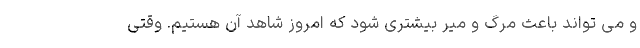
و می تواند باعث مرگ و میر بیشتری شود که امروز شاهد آن هستیم. وقتی